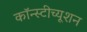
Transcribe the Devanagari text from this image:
कॉन्स्टीच्यूशन